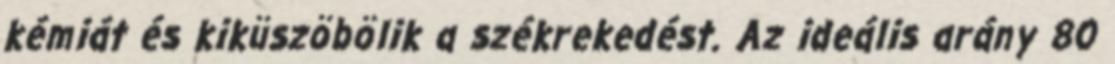
kémiát és kiküszöbölik a székrekedést. Az ideális arány 80